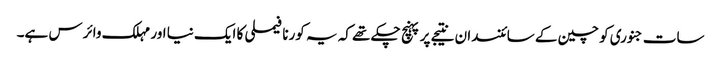
سات جنوری کو چین کے سائنسدان نتیجے پر پہنچ چکے تھے کہ یہ کورنا فیملی کا ایک نیا اور مہلک وائرس ہے۔